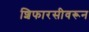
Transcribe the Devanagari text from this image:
शिफारसीवरून